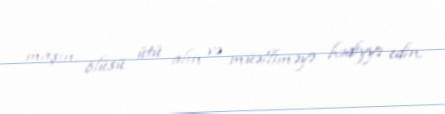
maşın, ölüsü ütü alın və müəlliməyə hədiyyə edin.